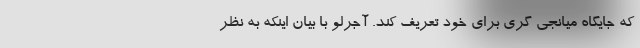
که جایگاه میانجی گری برای خود تعریف کند. آجرلو با بیان اینکه به نظر